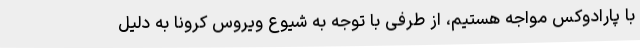
با پارادوکس مواجه هستیم، از طرفی با توجه به شیوع ویروس کرونا به دلیل